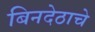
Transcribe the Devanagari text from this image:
बिनदेठाचे